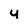
Character: 4